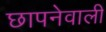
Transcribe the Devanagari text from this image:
छापनेवाली